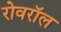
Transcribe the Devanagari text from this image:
रोवरॉल